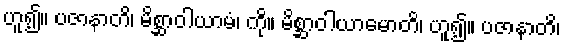
ဟူ၍။ ပဇာနာတိ၊ မိစ္ဆာဝါယာမံ၊ ကို။ မိစ္ဆာဝါယာမောတိ၊ ဟူ၍။ ပဇာနာတိ၊